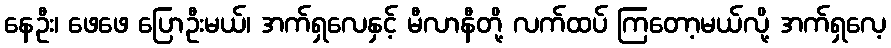
နေဦး၊ ဖေဖေ ပြောဦးမယ်၊ အက်ရှလေနှင့် မီလာနီတို့ လက်ထပ် ကြတော့မယ်လို့ အက်ရှလေ့